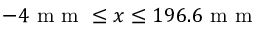
- 4 \mathrm { ~ m ~ m ~ } \le x \le 1 9 6 . 6 \mathrm { ~ m ~ m ~ }